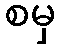
စမှ